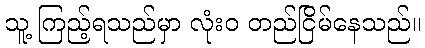
သူ့ ကြည့်ရသည်မှာ လုံးဝ တည်ငြိမ်နေသည်။